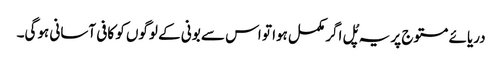
دریائے مستوج پر یہ پُل اگر مکمل ہوا تو اس سے بونی کے لوگوں کو کافی آسانی ہوگی۔